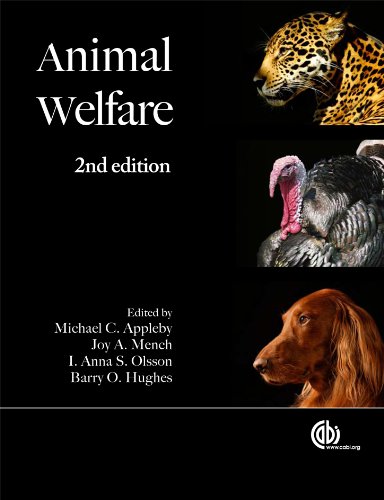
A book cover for Animal Welfare; Science & Math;